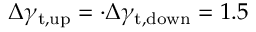
\Delta \gamma _ { \mathrm { t , u p } } = \cdot \Delta \gamma _ { \mathrm { t , d o w n } } = 1 . 5